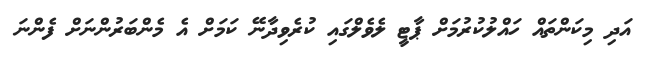
އަދި މިކަންތައް ހައްލުކުރުމަށް ޕާޓީ ލެވެލްގައި ކުރެވިދާނޭ ކަމަށް އެ މެންބަރުންނަށް ފެންނަ